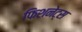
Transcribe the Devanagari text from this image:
फिशनेट्स